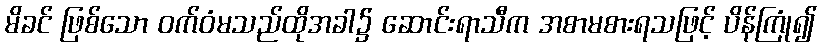
မိခင် ဖြစ်သော ဝက်ဝံမသည်ထိုအခါ၌ ဆောင်းရာသီက အစာမစားရသဖြင့် ပိန်ကြုံ၍